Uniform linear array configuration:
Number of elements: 24
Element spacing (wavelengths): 0.75
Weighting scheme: blackman
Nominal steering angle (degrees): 30
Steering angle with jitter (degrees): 31.511
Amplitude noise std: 0.05
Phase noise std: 0.05

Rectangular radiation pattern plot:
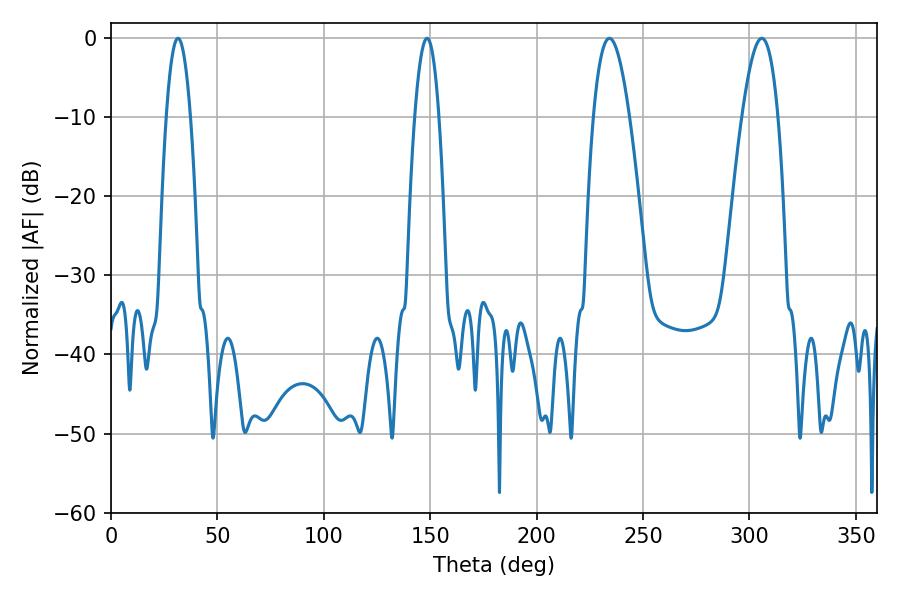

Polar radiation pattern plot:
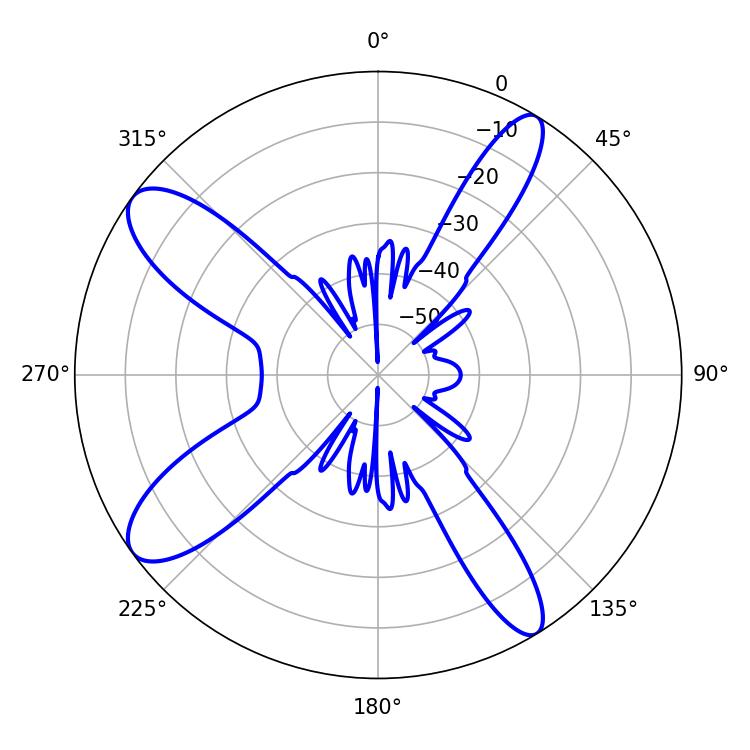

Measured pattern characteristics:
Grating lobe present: TRUE
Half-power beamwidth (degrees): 9.18
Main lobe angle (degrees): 234.18